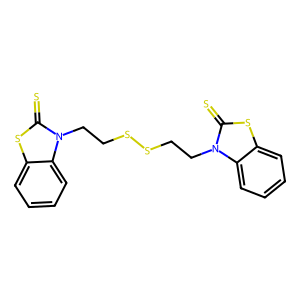
SMILES: S=c1sc2ccccc2n1CCSSCCn1c(=S)sc2ccccc21
Inhibits HIV replication: No